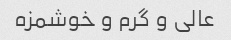
عالی و گرم و خوشمزه